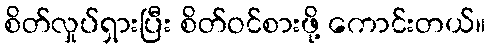
စိတ်လှုပ်ရှားပြီး စိတ်ဝင်စားဖို့ ကောင်းတယ်။